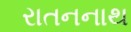
રાતનનાથ